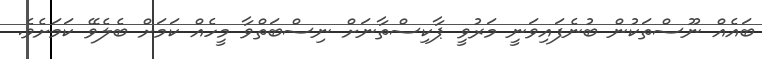
ބައެއް ނޫސްތަކުން ބުނެފައިވަނީ މަރުވީ ޕާކިސްތާނަށް ނިސްބަތްވާ މީހެއް ކަމަށް ބެލެވޭ ކަމަށެވެ.